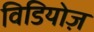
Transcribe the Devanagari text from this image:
विडियोज़